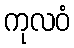
ကုလဝံ